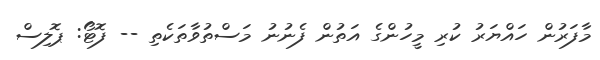
މާފަރުން ހައްޔަރު ކުރި މީހުންގެ އަތުން ފެނުނު މަސްތުވާތަކެތި -- ފޮޓޯ: ޕޮލިސް